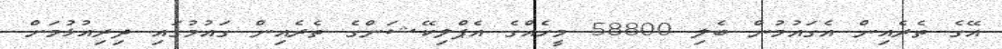
އޭގެ ތެރެއިން އެގައުމުން ބެލި 58800 މީހެއްގެ އެޕްލިކޭޝަންގެ ތެރެއިން ގައުމުގައި ދިރިއުޅުމަށް